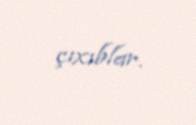
çıxıblar.